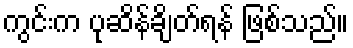
ကွင်းက ပုဆိန်ချိတ်ရန် ဖြစ်သည်။